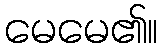
မေမေ၏။